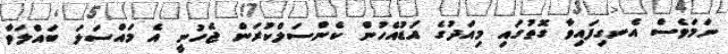
ނަމަވެސް އެނގިފައިވާ ގޮތުގައި މިއަދުގެ އަޑުއެހުން ކެންސަލްކުރަން ޖެހުނީ އެ މައްސަލަ ބައްލަވާ